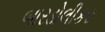
બારડોલીકર